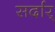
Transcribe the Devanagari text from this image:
सर्दार्